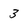
Character: 3